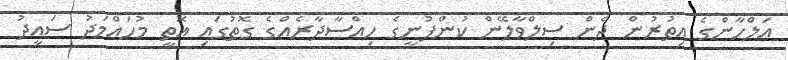
އަލްހާންގެ އިތުރުން ދެން ސިލްވާލޭން ކުންފުނީގެ ހިއްސާދާރެއްގެ ގޮތުގައި އޮތީ މުހައްމަދު ސައީދު